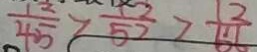
\frac { 1 2 } { 4 5 } > \frac { 1 2 } { 5 2 } > \frac { 1 2 } { 6 8 }